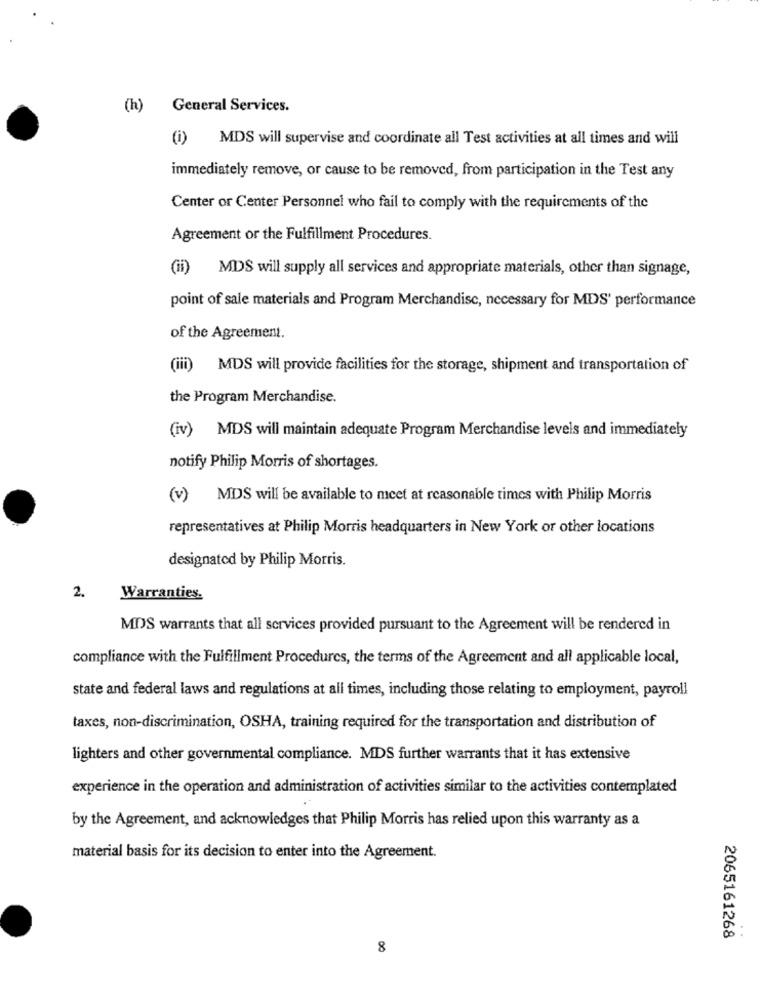
(h)
General Services.
(i) MDS will supervise and coordinate all Test activities at all times and will
immediately remove, or cause to be removed, from participation in the Test any
Center or Center Personnel who fail to comply with the requirements of the
Agreement or the Fulfillment Procedures.
(ii) MDS will supply all services and appropriate materials, other than signage,
point of sale materials and Program Merchandise, necessary for MDS' performance
of the Agreement.
(iii) MDS will provide facilities for the storage, shipment and transportation of
the Program Merchandise.
(iv) MDS will maintain adequate Program Merchandise levels and immediately
notify Philip Morris of shortages.
(v)
MDS will be available to meet at reasonable times with Philip Morris
representatives at Philip Morris headquarters in New York or other locations
designated by Philip Morris.
2.
Warranties.
MDS warrants that all services provided pursuant to the Agreement will be rendered in
compliance with the Fulfillment Procedures, the terms of the Agreement and all applicable local,
state and federal laws and regulations at all times, including those relating to employment, payroll
taxes, non-discrimination, OSHA, training required for the transportation and distribution of
lighters and other governmental compliance. MDS further warrants that it has extensive
experience in the operation and administration of activities similar to the activities contemplated
by the Agreement, and acknowledges that Philip Morris has relied upon this warranty as a
material basis for its decision to enter into the Agreement.
2065161268
8